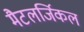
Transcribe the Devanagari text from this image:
मैटलर्जिकल